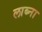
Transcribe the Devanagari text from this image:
लाब्ना